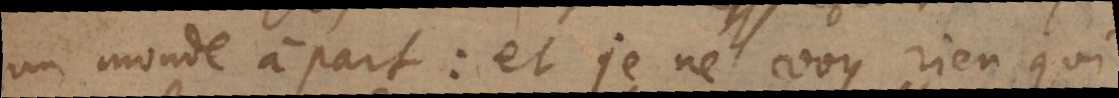
un monde à part: et je ne voy rien qui